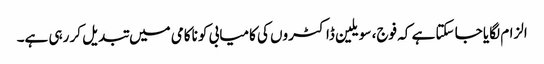
الزام لگایا جا سکتا ہے کہ فوج، سویلین ڈاکٹروں کی کامیابی کو ناکامی میں تبدیل کر رہی ہے۔